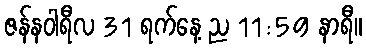
ဇန်နဝါရီလ 31 ရက်နေ့ ည 11:59 နာရီ။